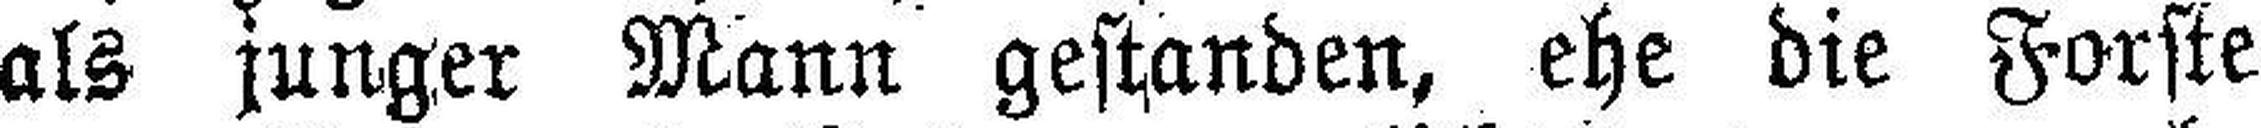
als junger Mann gestanden, ehe die Forste